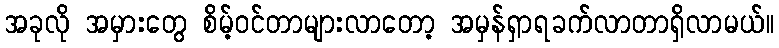
အခုလို အမှားတွေ စိမ့်ဝင်တာများလာတော့ အမှန်ရှာရခက်လာတာရှိလာမယ်။